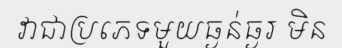
វាជាប្រភេទមួយធ្ងន់ធ្ងរ មិន